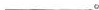
___。